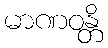
မာဏဝန္တိ